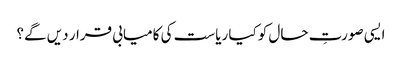
ایسی صورتِ حال کو کیا ریاست کی کامیابی قرار دیں گے؟